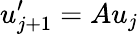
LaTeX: u_{j+1}^{\prime}=Au_{j}